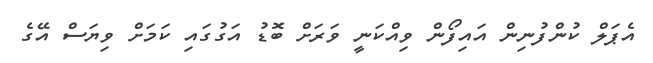
އެޕަލް ކުންފުނިން އައިފޯން ވިއްކަނީ ވަރަށް ބޮޑު އަގުގައި ކަމަށް ވިޔަސް އޭގެ